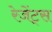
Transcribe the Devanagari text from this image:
रेजेंट्स